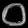
Digit: ၀